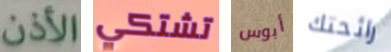
الأذن تشتكي أبوس رائحتك